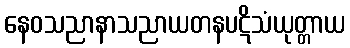
နေဝသညာနာသညာယတနပဋိသံယုတ္တာယ